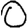
Digit: 0